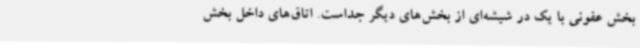
بخش عفونی با یک در شیشه‌ای از بخش‌های دیگر جداست. اتاق‌های داخل بخش